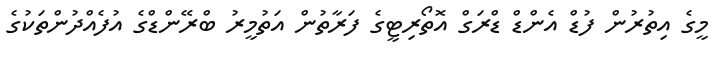
މީގެ އިތުރުން ފުޑް އެންޑް ޑްރަގް އޮތޯރިޓީގެ ފަރާތުން އަތުމީރު ބްރޭންޑްގެ އުފެއްދުންތަކުގެ